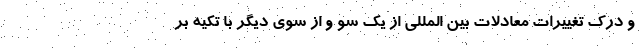
و درک تغییرات معادلات بین المللی از یک سو و از سوی دیگر با تکیه بر